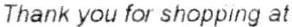
THANK YOU FOR SHOPPING AT